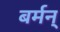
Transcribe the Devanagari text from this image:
बर्मन्